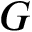
G